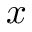
x